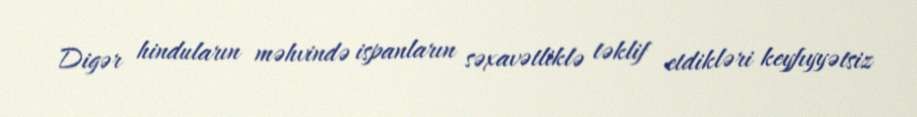
Digər hinduların məhvində ispanların səxavətliklə təklif etdikləri keyfıyyətsiz